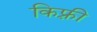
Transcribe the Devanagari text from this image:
किफ़्री